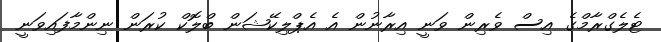
ޓެލެގްރާމްގެ އިސް ވެރިން ވަނީ އިރާނުން އެ އެޕްލިކޭޝަން ބްލޮކް ކުރަން ނިންމާފައިވަނީ